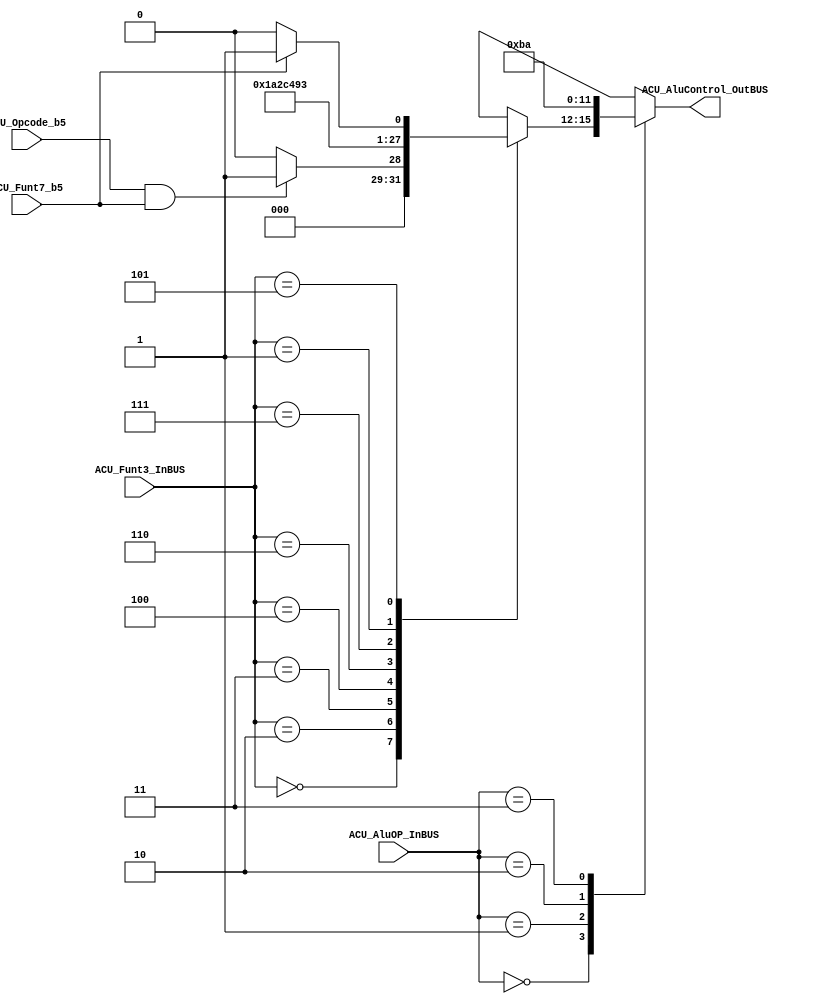
/*#########################################################################
//# Alu Control Unit 
//#########################################################################
//#
//# Copyright (C) 2021 Jose Maria Jaramillo Hoyos
//# 
//# This program is free software: you can redistribute it and/or modify
//# it under the terms of the GNU General Public License as published by
//# the Free Software Foundation, either version 3 of the License, or
//# (at your option) any later version.
//#
//# This program is distributed in the hope that it will be useful,
//# but WITHOUT ANY WARRANTY; without even the implied warranty of
//# MERCHANTABILITY or FITNESS FOR A PARTICULAR PURPOSE.  See the
//# GNU General Public License for more details.
//#
//# You should have received a copy of the GNU General Public License
//# along with this program.  If not, see <https://www.gnu.org/licenses/>.
//#
//########################################################################*/

module ACU(

//// inputs ////

ACU_AluOP_InBUS,
ACU_Funt3_InBUS,
ACU_Funt7_b5, /*bit 5 of the funct7 field*/
ACU_Opcode_b5, /*bit 5 of the opcode field*/

//// outputs ///
ACU_AluControl_OutBUS

);

//============================================================
//  PORT DECLARATIONS
//============================================================

input [1:0] ACU_AluOP_InBUS;
input [2:0] ACU_Funt3_InBUS;
input ACU_Funt7_b5;
input ACU_Opcode_b5;
output reg [3:0] ACU_AluControl_OutBUS;



//============================================================
//  PARAMETER DECLARATIONS
//============================================================

/*Operation Based in Funct3 field*/
localparam ADD_SUB = 3'b000,
			  SLT     = 3'b010, // set less than
			  SLTU    = 3'b011, // set less than unsigned
           XOR     = 3'b100,
			  OR      = 3'b110,
			  AND     = 3'b111,  
			  SLL     = 3'b001, // shift left logical  
			  SRL_SRA = 3'b101; // shift right logical /  shift right arithmetic

/*Alu operation control signals*/
localparam ALU_ADD   = 4'b0000,
			  ALU_SUB   = 4'b0001,
			  ALU_SLL   = 4'b0010,
			  ALU_SLT   = 4'b0011,
			  ALU_SLTU  = 4'b0100, /*set less than*/
			  ALU_XOR   = 4'b0101,
			  ALU_SRL   = 4'b0110,
			  ALU_SRA   = 4'b0111,
			  ALU_OR    = 4'b1000,
			  ALU_AND   = 4'b1001,
			  ALU_BUFFB = 4'b1010,
			  ALU_BUFFA = 4'b1011;
			  
				
			
//=======================================================
//  REG/WIRE declarations
//=======================================================

reg [3:0] Funct3_Operation;
wire Sub_Op;
wire Sra_Op;

//============================================================
//  PARAMETER DECLARATIONS
//============================================================



always@(ACU_Funt3_InBUS,Sub_Op,Sra_Op)
begin

	case(ACU_Funt3_InBUS)
	
		ADD_SUB: if (Sub_Op) 
						Funct3_Operation= ALU_SUB;
					else 
						Funct3_Operation= ALU_ADD;
						
		SLT: Funct3_Operation=ALU_SLT;
		
		SLTU: Funct3_Operation=ALU_SLTU;
		
		XOR: Funct3_Operation = ALU_XOR;
		
		OR: Funct3_Operation = ALU_OR;
		
		AND: Funct3_Operation = ALU_AND;
		
		SLL: Funct3_Operation = ALU_SLL;
		
		SRL_SRA: if(Sra_Op)
						Funct3_Operation= ALU_SRA;
					else
						Funct3_Operation=ALU_SRL;	
		
		default: Funct3_Operation=4'bxxxx;
		
	endcase
	

end 


always@(ACU_AluOP_InBUS,Funct3_Operation)
begin
	
	casez(ACU_AluOP_InBUS)
		
		2'b00: ACU_AluControl_OutBUS=Funct3_Operation;
		
		2'b01: ACU_AluControl_OutBUS = ALU_ADD;  /*Load/Store/ operations */
		
		2'b10: ACU_AluControl_OutBUS = ALU_BUFFA; /*Lui operation*/
		
		2'b11: ACU_AluControl_OutBUS = ALU_BUFFB; /*Jalr operation*/
		
		default: ACU_AluControl_OutBUS=ALU_ADD;
	
	endcase
	
end


assign Sub_Op = ACU_Opcode_b5&ACU_Funt7_b5;
assign Sra_Op = ACU_Funt7_b5;


endmodule